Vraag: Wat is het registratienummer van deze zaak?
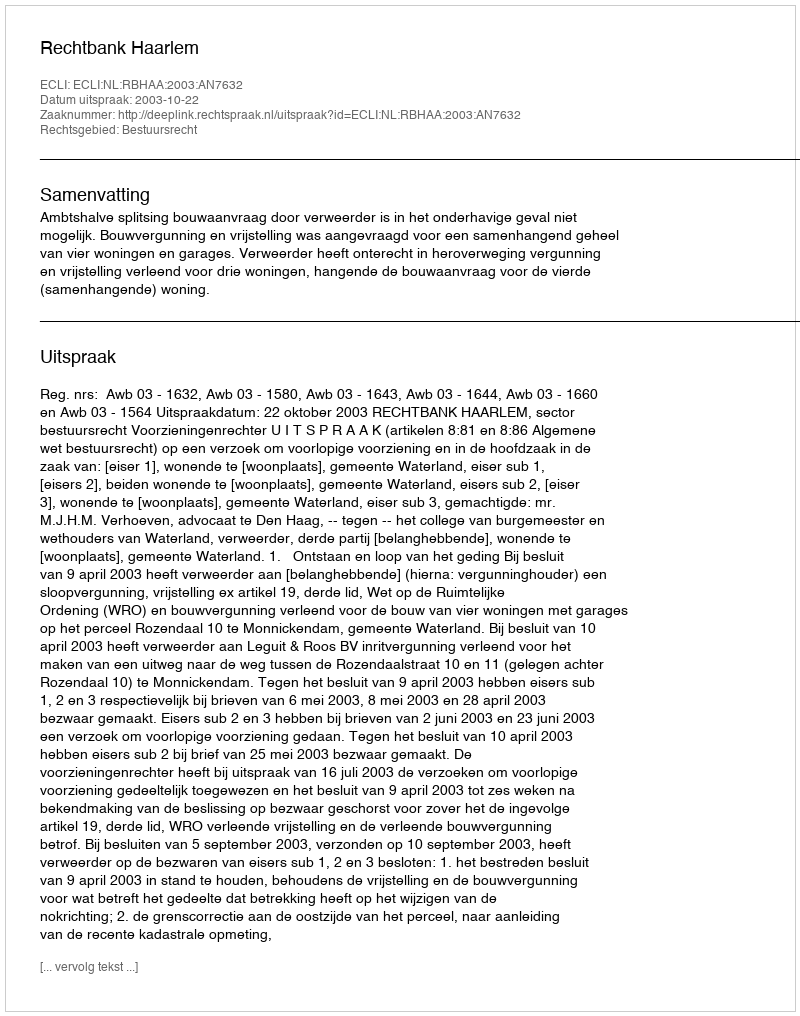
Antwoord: http://deeplink.rechtspraak.nl/uitspraak?id=ECLI:NL:RBHAA:2003:AN7632